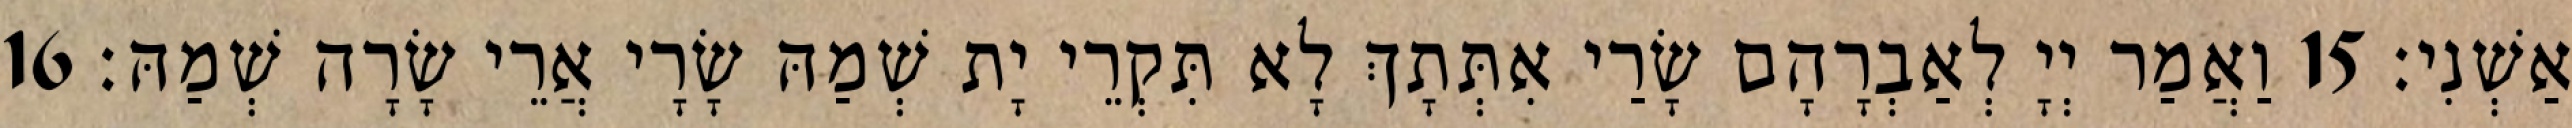
אַשְׁנִי׃ 15 וַאֲמַר יְיָ לְאַבְרָהָם שָׂרַי אִתְּתָךְ לָא תִּקְרֵי יָת שְׁמַהּ שָׂרָי אֲרֵי שָׂרָה שְׁמַהּ׃ 16